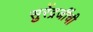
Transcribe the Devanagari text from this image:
सुरेंद्रजींची